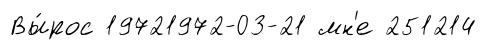
Вы́рос 19721972-03-21 мн'е 251214